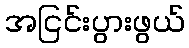
အငြင်းပွားဖွယ်